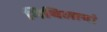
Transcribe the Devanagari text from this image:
मिथिलायां